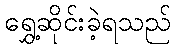
ရွှေ့ဆိုင်းခဲ့ရသည်